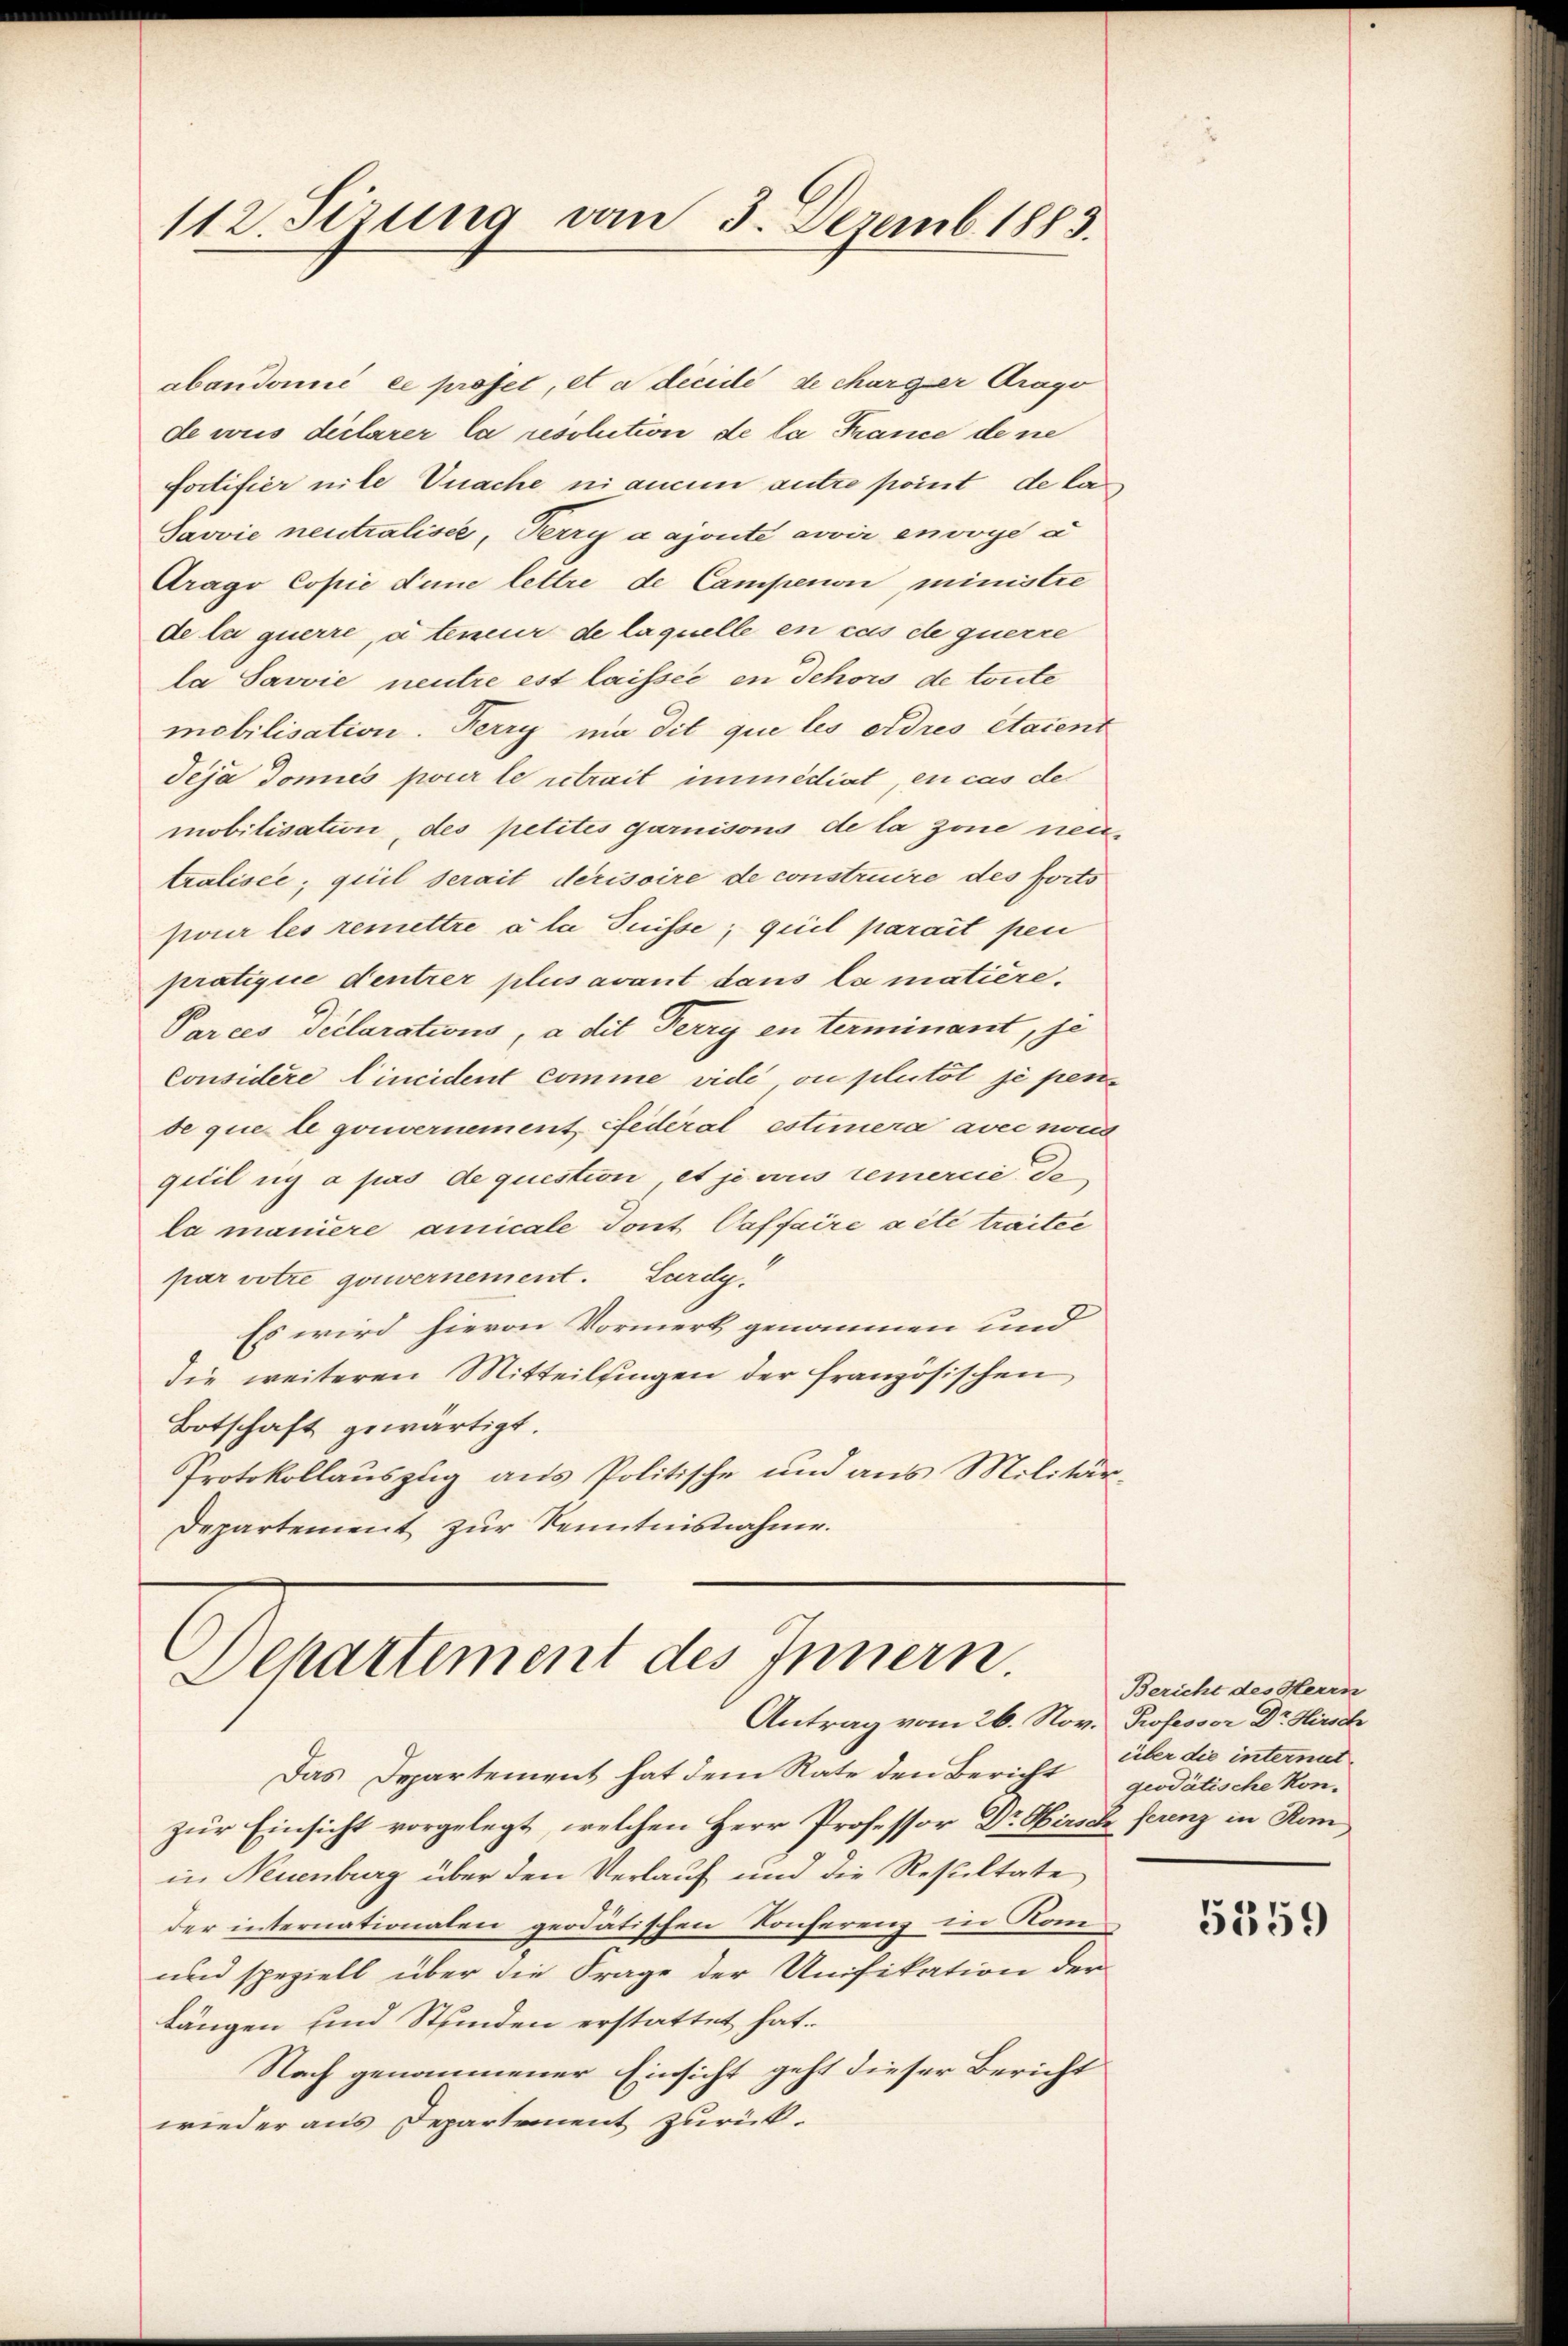
112. Sizung vom 3. Dezemb. 1885.

abandonić ee profet, et a dicide de charger Drago
de vues déclarer la resolution de la France dene
fortifier nite Unache ni aucun autre point de la
Javvie neutraliser, Perry a ajoute avoir envoye a
Arago Copie die lettre de Campenon ministre
de la querre, à teneur de laquelle en cas de querre
la Savvie neutre est laissée en Tehors de toute
mobilisation. Ferry ma dit que les ordres étaient
Seja donnés pour le trait immédiat, en cas der
mobilisation, des petites garnisons de la sie neuer
tralisée, quil serait derisoire de construire des forts
pour les remettre à la Suisse, quil parait pen
pratifice dentrer plus avant dans la matière.
Parces Declarations, a dit Ferry en terminant, je
Considere Cincident comme vide ou plutöt je pende que le gouvernement fédéral estimera avec nond
quil sich a pas de question et je vous remerie de
la manière amicale dont Paffaire a été traitée
par votre gouvernement. Lardy.
Es wird hievon Vormerk genommen und
die weiteren Mitteilsingen der französischen
Botschaft gewärtigt.
Protokollauszug aus Politische und aus Militär¬
Departement zur Kenntnisnahme.
Departement des Innern.
Antrag vom 26. Nov. Professor Dr. Hirsch
Das Departement hat dem Rate den Bericht
zur Einsicht vorgelegt, welchen Herr Professor Dr Hirsch ferenz in Kan
in Neuenburg über den Verlauf und die Resultate
der internationalen geodätischen Konferenz in Kom
und speziell über die Frage der Unifikation der
längen und Stunden erstattet hat.
Nach genommener Einsicht geht dieser Bericht
wieder aus Departement zurück-

Bericht des Herrn
über die internit
geodätische Kon¬

5359